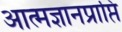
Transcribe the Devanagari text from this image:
आत्मज्ञानप्राप्ति